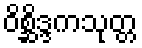
ဝိစ္ဆိဒ္ဒကသုတ္တ